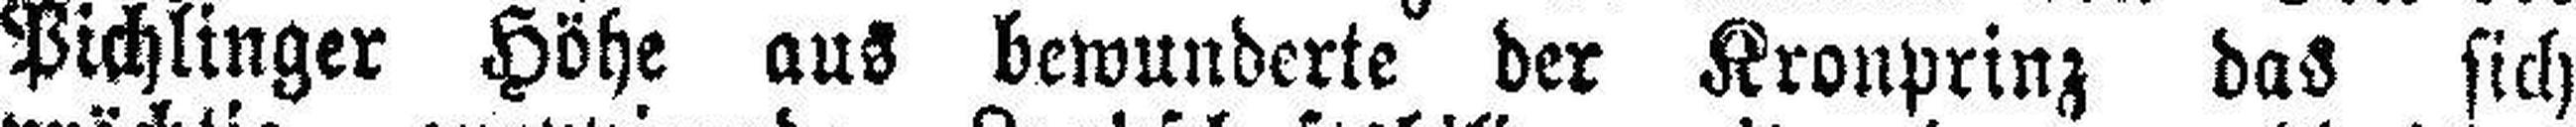
Pichlinger Höhe aus bewunderte der Kronprinz das sich